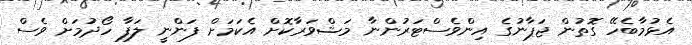
އެޅުމާބެހޭ ގޮތުން ޖަޕާނުގެ އިންވެސްޓަރުންނާ މަޝްވަރާކޮށް އެކަމަށް ފަންނީ ލަފާ ހޯދުމަށް ވެސް